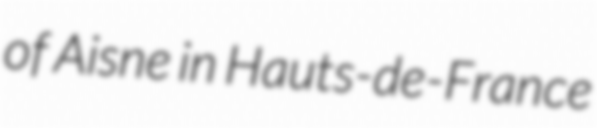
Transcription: of Aisne in Hauts-de-France